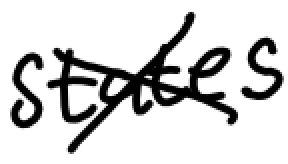
Text: States
Cross-out: cross
Writing tool: digital_black